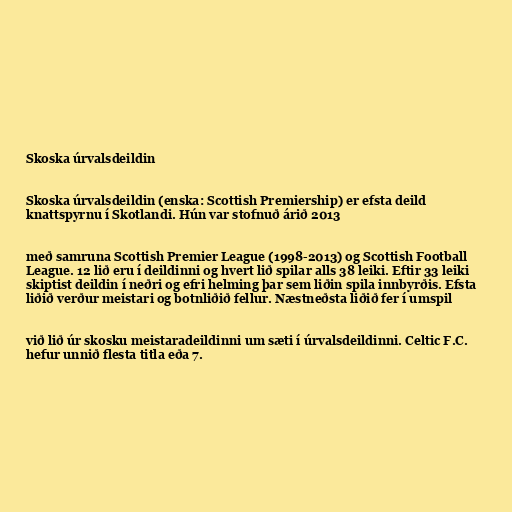
Skoska úrvalsdeildin

Skoska úrvalsdeildin (enska: Scottish Premiership) er efsta deild
knattspyrnu í Skotlandi. Hún var stofnuð árið 2013

með samruna Scottish Premier League (1998-2013) og Scottish Football
League. 12 lið eru í deildinni og hvert lið spilar alls 38 leiki. Eftir 33 leiki
skiptist deildin í neðri og efri helming þar sem liðin spila innbyrðis. Efsta
liðið verður meistari og botnliðið fellur. Næstneðsta liðið fer í umspil

við lið úr skosku meistaradeildinni um sæti í úrvalsdeildinni. Celtic F.C.
hefur unnið flesta titla eða 7.